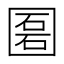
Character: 𡈔